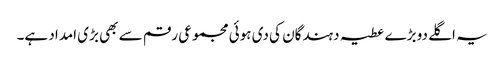
یہ اگلے دو بڑے عطیہ دہندگان کی دی ہوئی مجموعی رقم سے بھی بڑی امداد ہے۔